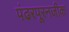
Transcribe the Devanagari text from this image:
पंढरपूरनजीक